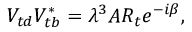
V _ { t d } V _ { t b } ^ { \ast } = \lambda ^ { 3 } A R _ { t } e ^ { - i \beta } ,